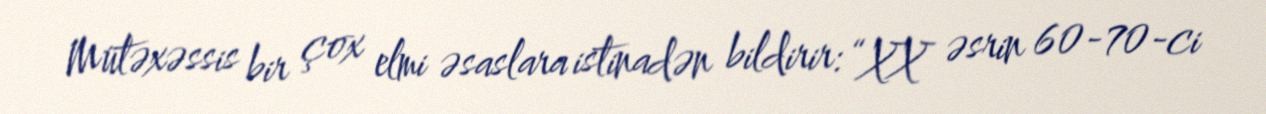
Mütəxəssis bir çox elmi əsaslara istinadən bildirir: “XX əsrin 60-70-ci